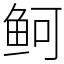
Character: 鲄